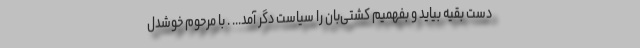
دست بقیه بیاید و بفهمیم كشتی‌بان را سیاست دگر آمد... . با مرحوم خوشدل